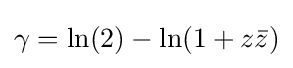
\gamma =\ln(2)-\ln(1+z{\bar {z}})